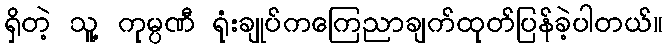
ရှိတဲ့ သူ့ ကုမ္ပဏီ ရုံးချုပ်ကကြေညာချက်ထုတ်ပြန်ခဲ့ပါတယ်။